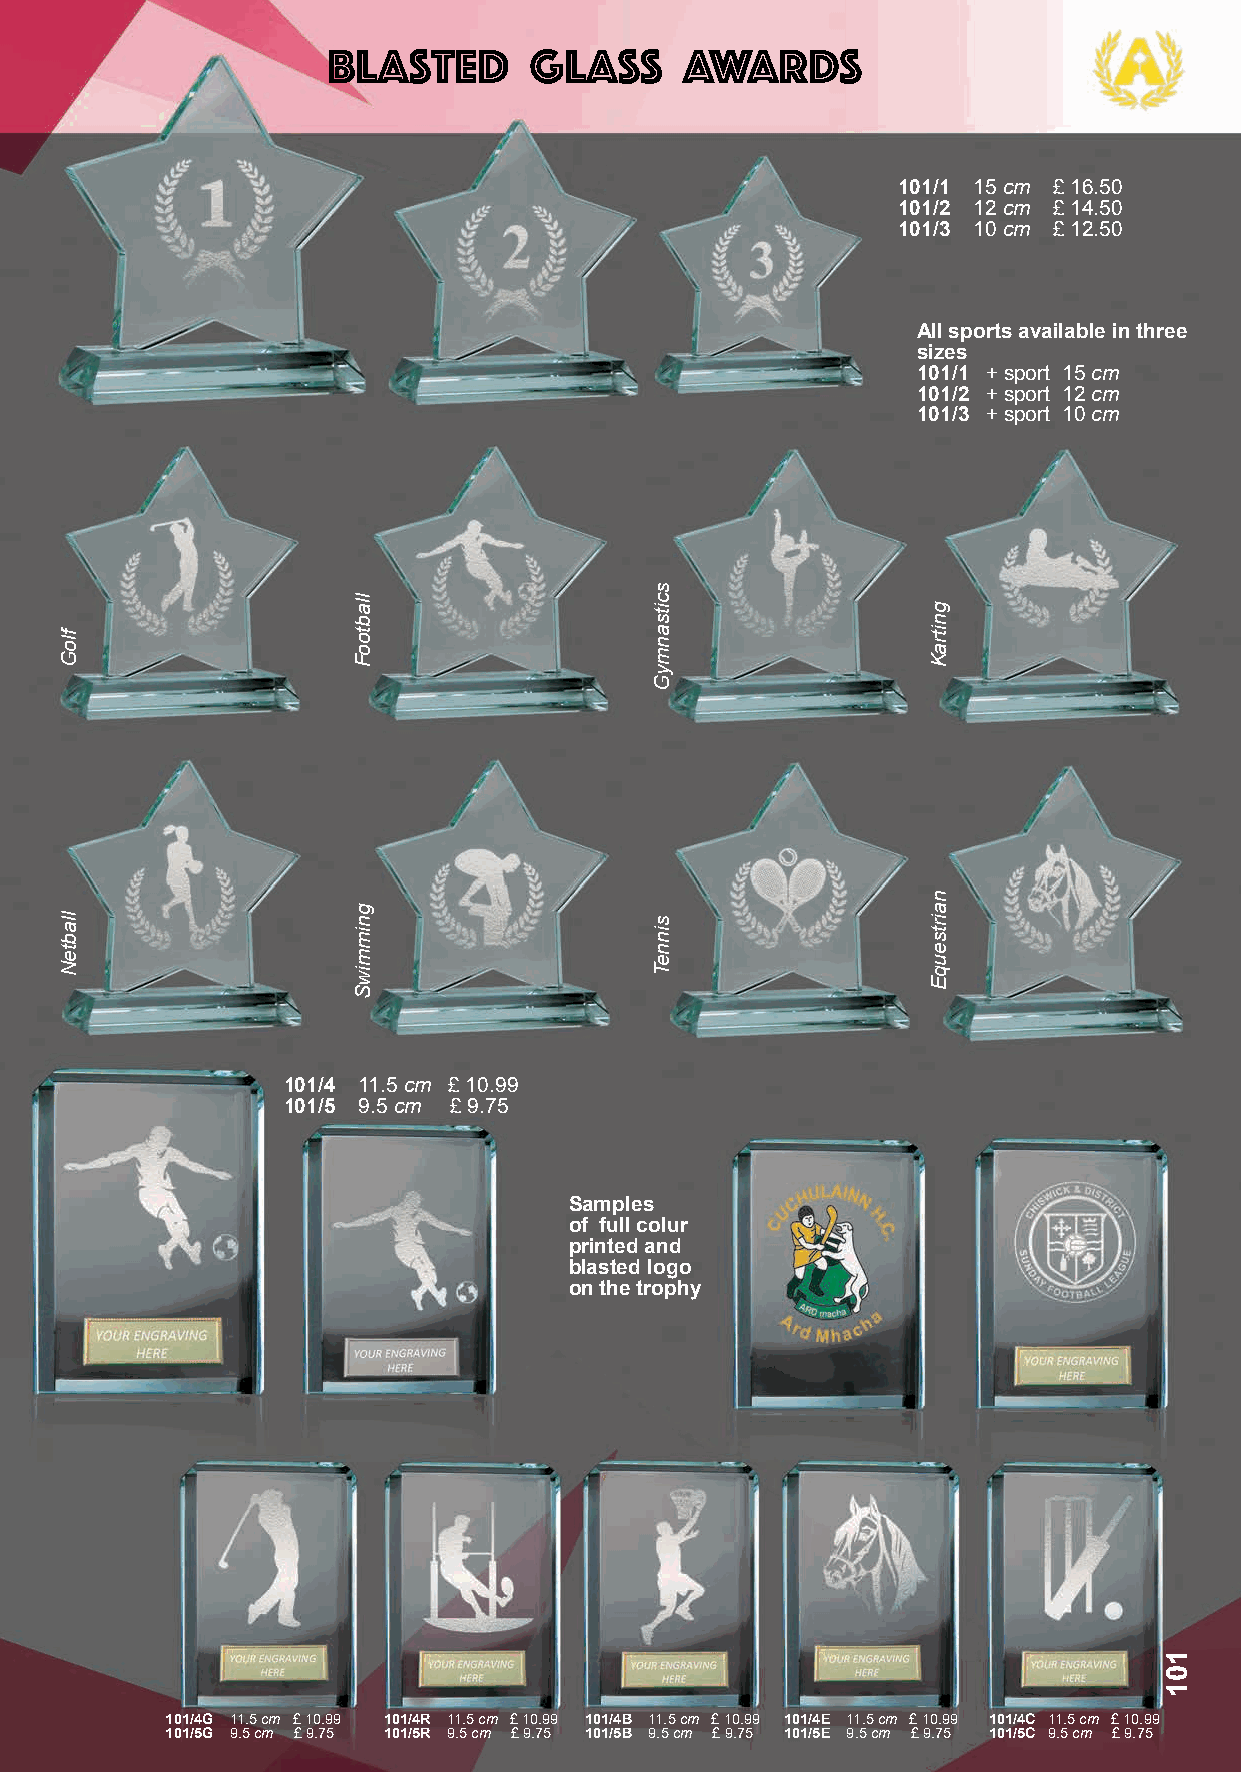
blasted      glass     Awards
 101/1 15 cm £ 16.50
 101/2 12 cm £ 14.50
 101/3 10 cm £ 12.50
 All sports available in three
 sizes
 101/1 + sport 15 cm
 101/2 + sport 12 cm
 101/3 + sport 10 cm
 101/4 11.5 cm £ 10.99
 101/5 9.5 cm £ 9.75
 Samples
 of full colur
 printed and
 blasted logo
 on the trophy
 101/4G 11.5 cm £ 10.99 101/4R 11.5 cm £ 10.99 101/4B 11.5 cm £ 10.99 101/4E 11.5 cm £ 10.99 101/4C 11.5 cm £ 10.99
 101/5G 9.5 cm £ 9.75 101/5R 9.5 cm £ 9.75 101/5B 9.5 cm £ 9.75 101/5E 9.5 cm £ 9.75 101/5C 9.5 cm £ 9.75
 floG
 llabteN
 llabtooF
 gnimmiwS
 scitsanmyG
 sinneT
 gnitraK
 nairtseuqE
 101